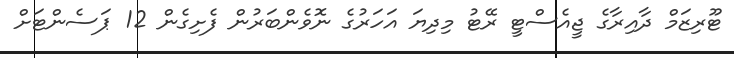
ޓޫރިޒަމް ދާއިރާގެ ޖީއެސްޓީ ރޭޓު މިދިޔަ އަހަރުގެ ނޮވެންބަރުން ފެށިގެން 12 ޕަސެންޓަށް